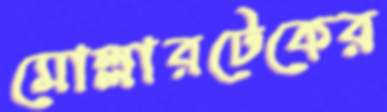
মোল্লারটেকের